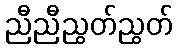
ညီညီညွတ်ညွတ်